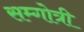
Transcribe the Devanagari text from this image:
सम्गोत्री